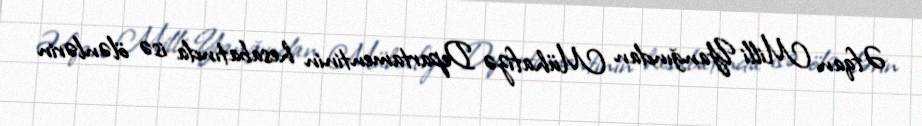
Əfqan Milli Yanğından Mühafizə Departamentinin hesabatında isə ölənlərin